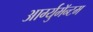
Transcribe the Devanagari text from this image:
आर्ग्युमॅन्टम